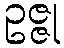
ဥဇ္ဇု